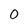
Character: 0